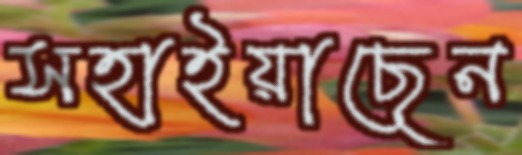
সহাইয়াছেন